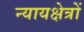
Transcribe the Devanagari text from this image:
न्यायक्षेत्रों